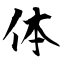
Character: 体